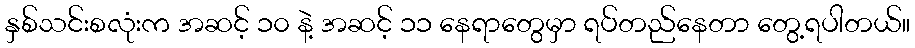
နှစ်သင်းစလုံးက အဆင့် ၁၀ နဲ့ အဆင့် ၁၁ နေရာတွေမှာ ရပ်တည်နေတာ တွေ့ရပါတယ်။